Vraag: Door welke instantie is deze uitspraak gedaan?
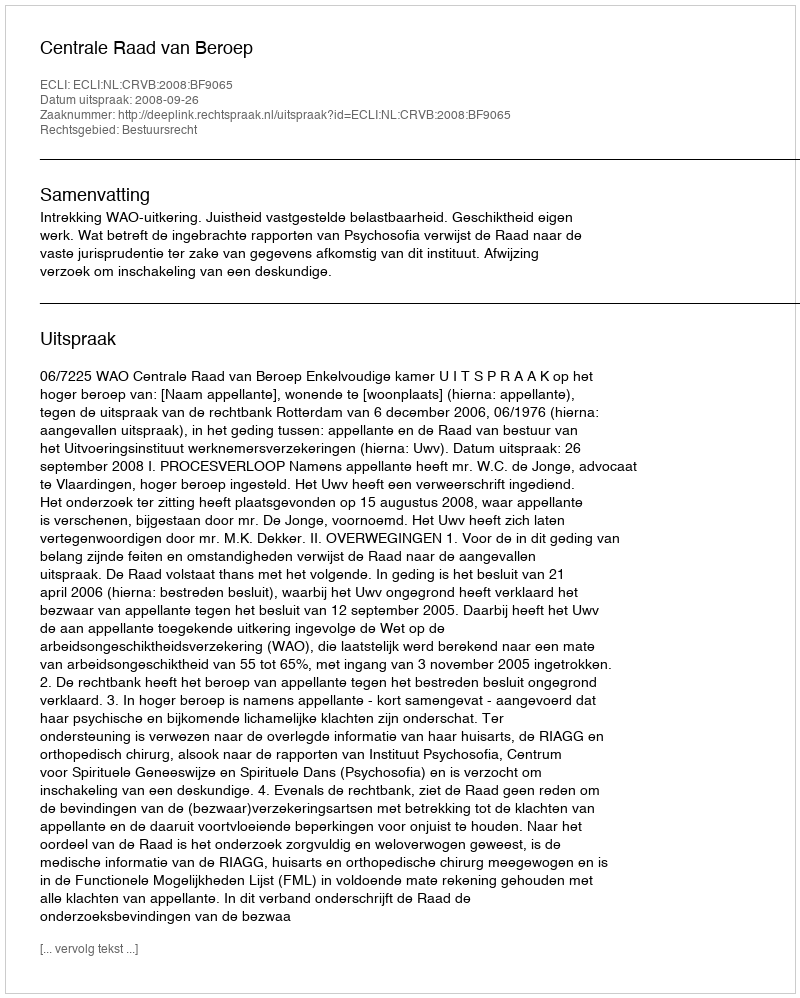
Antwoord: Centrale Raad van Beroep